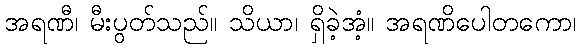
အရဏီ၊ မီးပွတ်သည်။ သိယာ၊ ရှိခဲ့အံ့။ အရဏိပေါတကော၊